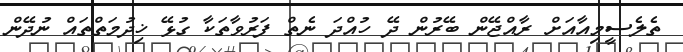
ތެލެސީމިއާއަށް ރާއްޖޭން ބޭރުން ދޭ ހުއްދަ ނެތް ފަރުވާތަކާ ގުޅޭ ޚިދުމަތްތައް ނުދޭން